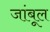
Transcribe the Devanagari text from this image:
जांबूल